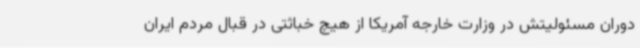
دوران مسئولیتش در وزارت خارجه آمریکا از هیچ خباثتی در قبال مردم ایران